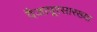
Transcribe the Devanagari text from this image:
वैजापूरसारख्या